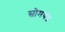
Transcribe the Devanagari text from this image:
सोमचंद्र